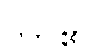
လာ၏